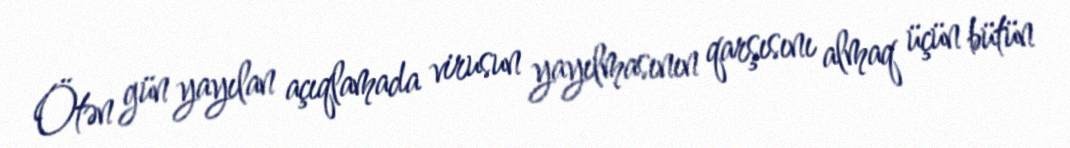
Ötən gün yayılan açıqlamada virusun yayılmasının qarşısını almaq üçün bütün